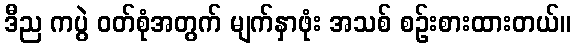
ဒီည ကပွဲ ဝတ်စုံအတွက် မျက်နှာဖုံး အသစ် စဉ်းစားထားတယ်။